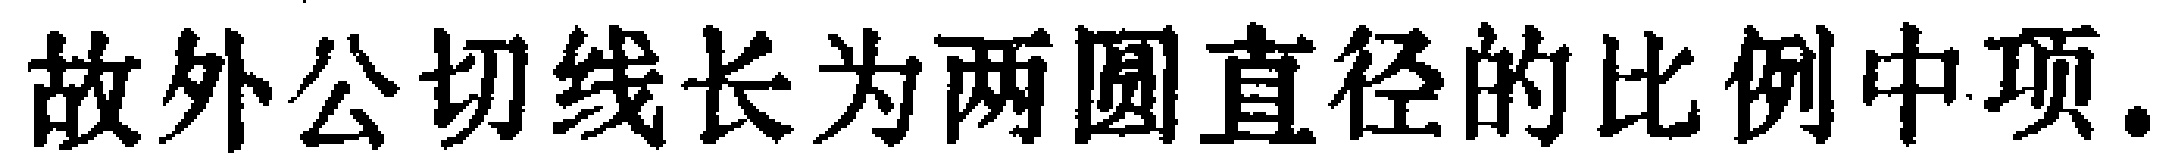
故外公切线长为两圆直径的比例中项.